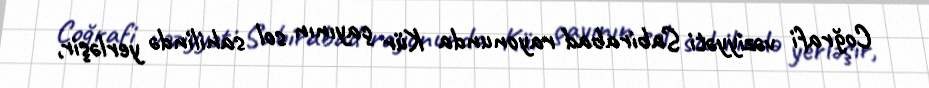
Coğrafi vəziyyəti Sabirabad rayonunda Kür çayının sol sahilində yerləşir,